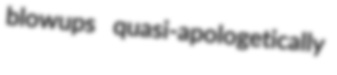
blowups quasi-apologetically